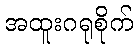
အထူးဂရုစိုက်